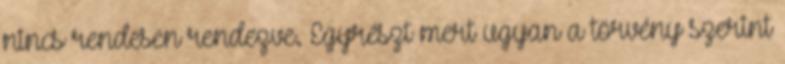
nincs rendesen rendezve. Egyrészt mert ugyan a törvény szerint